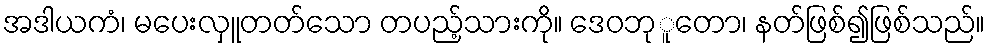
အဒါယကံ၊ မပေးလှူတတ်သော တပည့်သားကို။ ဒေဝဘုူတော၊ နတ်ဖြစ်၍ဖြစ်သည်။